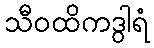
သီဝထိကဒွါရံ